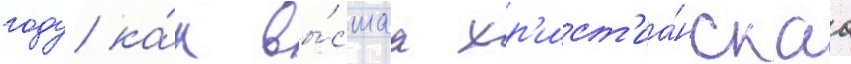
году ка́к вы́сшаа хр'ист'иа́нскаа